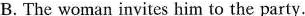
B. The woman invites him to the party.